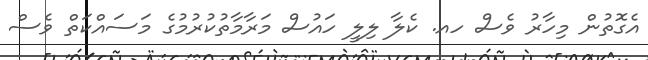
އެގޮތުން މިހާރު ވެސް ހއ. ކެލާ ލިލީ ހައުސް މަރާމާތުކުރުމުގެ މަސައްކަތް ވެސް